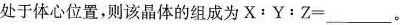
处于体心位置，则该晶体的组成为$$X ﹔ Y ： Z =$$___。